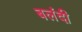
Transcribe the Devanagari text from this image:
बलंदी